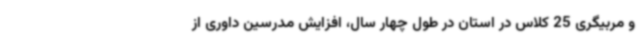
و مربیگری 25 کلاس در استان در طول چهار سال، افزایش مدرسین داوری از